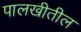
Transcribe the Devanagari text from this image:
पालखीतील